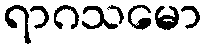
ရာဂသမော